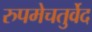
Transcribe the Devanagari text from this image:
रुपमेचतुर्वेद